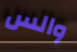
والس